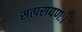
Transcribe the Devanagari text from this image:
सत्परायणः।